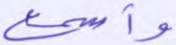
وأسمع